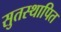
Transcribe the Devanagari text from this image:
सुतस्थापित